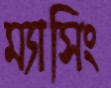
ম্যাসিং